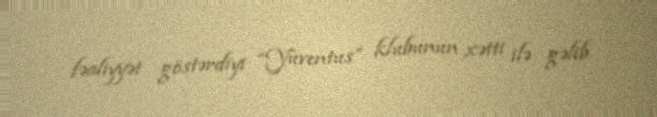
fəaliyyət göstərdiyi “Yuventus” klubunun xətti ilə gəlib.